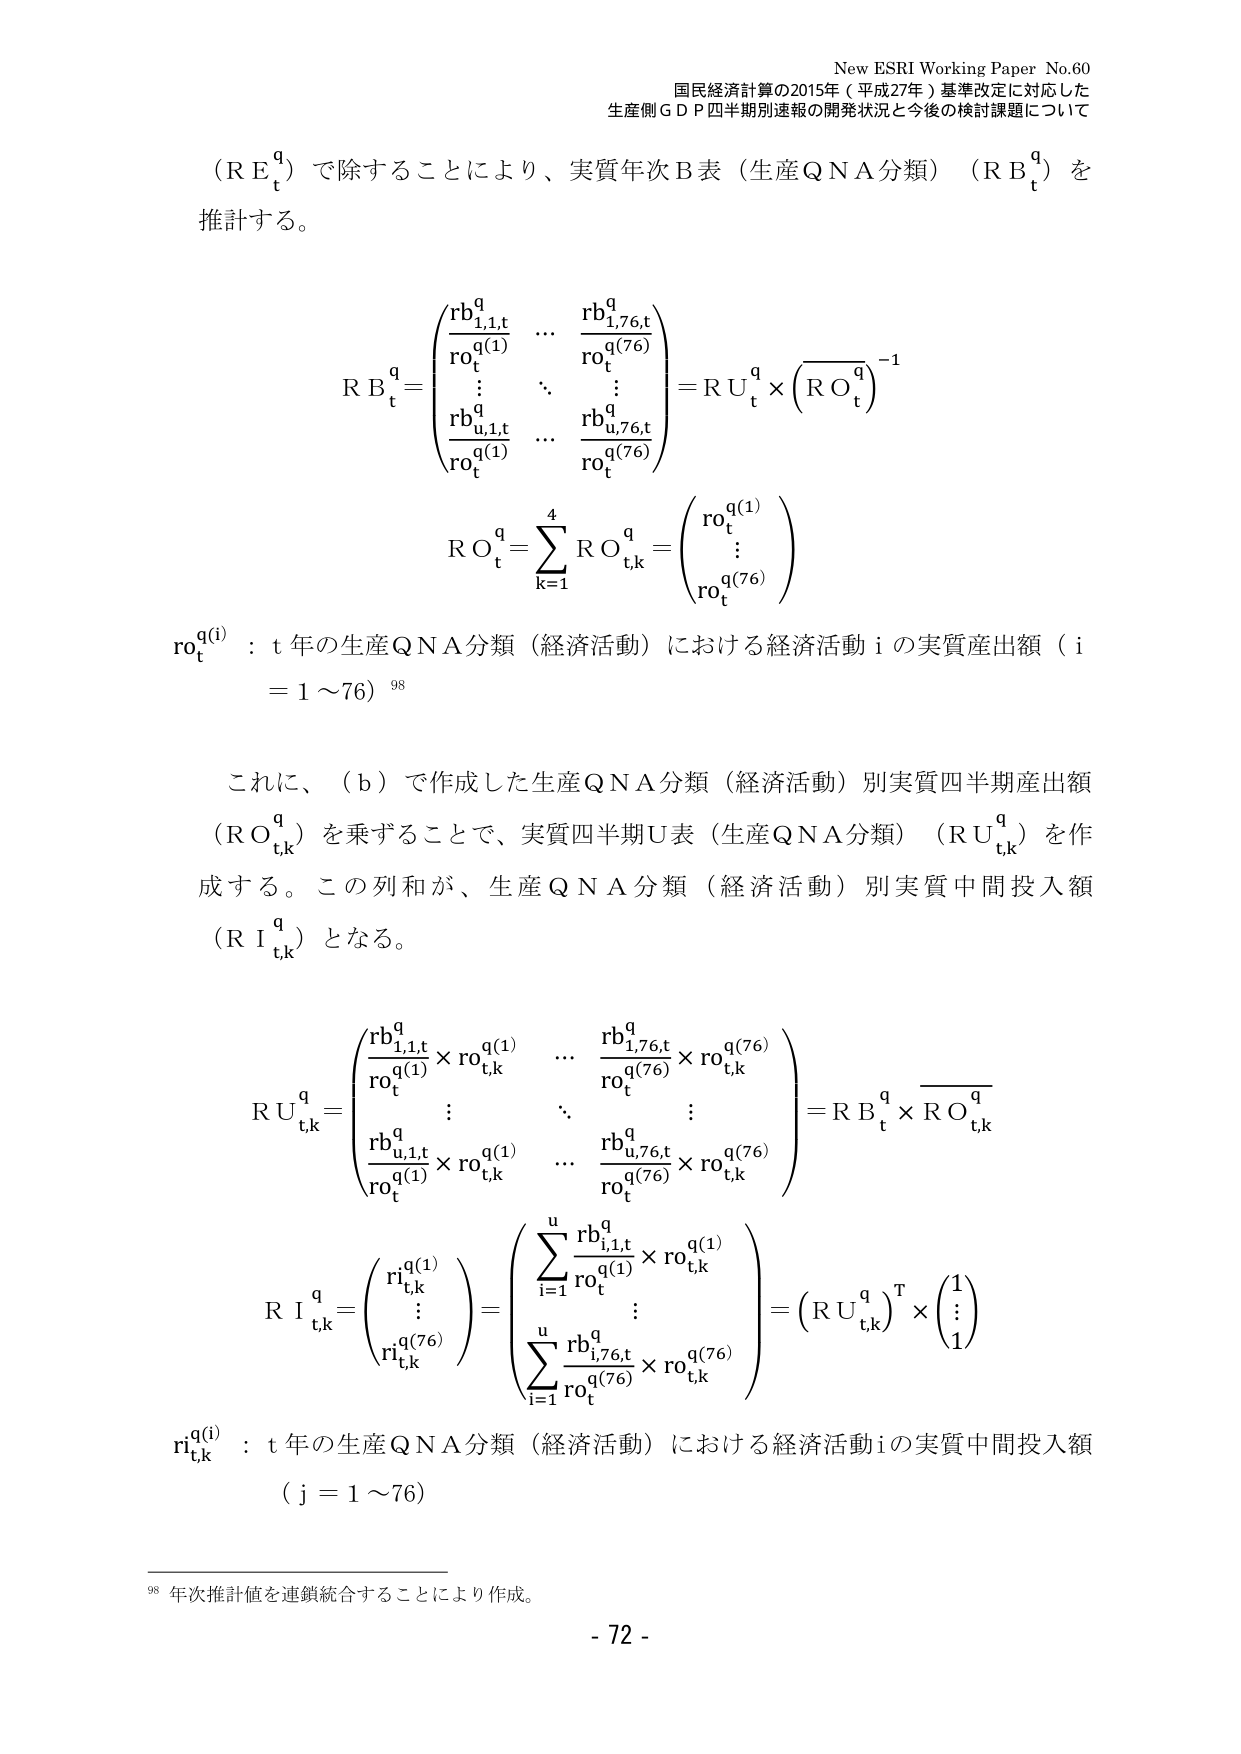
New ESRI Working Paper No.60
国民経済計算の2015年（平成27年）基準改定に対応した
生産側ＧＤＰ四半期別速報の開発状況と今後の検討課題について

（ＲＥₜ^ｑ）で除することにより、実質年次Ｂ表（生産ＱＮＡ分類）（ＲＢₜ^ｑ）を
推計する。

ＲＢₜ^ｑ =
⎛⎜⎜⎜⎜⎜⎝
　　ｒｂ₁,₁,ₜ^ｑ / ｒｏₜ^ｑ(₁)　　　…　　　ｒｂ₁,₇₆,ₜ^ｑ / ｒｏₜ^ｑ(₇₆)
　　⋮　　　　　　　　⋱　　　　　　⋮
　　ｒｂᵤ,₁,ₜ^ｑ / ｒｏₜ^ｑ(₁)　　　…　　　ｒｂᵤ,₇₆,ₜ^ｑ / ｒｏₜ^ｑ(₇₆)
⎞⎟⎟⎟⎟⎟⎠
= ＲＵₜ^ｑ × (ＲＯₜ^ｑ)⁻¹

ＲＯₜ^ｑ = Σₖ₌₁⁴ ＲＯₜ,ₖ^ｑ =
⎛⎜⎜⎜⎝
　　ｒｏₜ^ｑ(₁)
　　⋮
　　ｒｏₜ^ｑ(₇₆)
⎞⎟⎟⎟⎠

ｒｏₜ^ｑ(ᵢ) ：ｔ年の生産ＱＮＡ分類（経済活動）における経済活動ｉの実質産出額（ｉ＝１～７６）⁹⁸

これに、（ｂ）で作成した生産ＱＮＡ分類（経済活動）別実質四半期産出額（ＲＯₜ,ₖ^ｑ）を乗ずることで、実質四半期Ｕ表（生産ＱＮＡ分類）（ＲＵₜ,ₖ^ｑ）を作成する。この列和が、生産ＱＮＡ分類（経済活動）別実質中間投入額（ＲＩₜ,ₖ^ｑ）となる。

ＲＵₜ,ₖ^ｑ =
⎛⎜⎜⎜⎜⎜⎝
　　(ｒｂ₁,₁,ₜ^ｑ / ｒｏₜ^ｑ(₁)) × ｒｏₜ,ₖ^ｑ(₁)　　　…　　　(ｒｂ₁,₇₆,ₜ^ｑ / ｒｏₜ^ｑ(₇₆)) × ｒｏₜ,ₖ^ｑ(₇₆)
　　⋮　　　　　　　　⋱　　　　　　⋮
　　(ｒｂᵤ,₁,ₜ^ｑ / ｒｏₜ^ｑ(₁)) × ｒｏₜ,ₖ^ｑ(₁)　　　…　　　(ｒｂᵤ,₇₆,ₜ^ｑ / ｒｏₜ^ｑ(₇₆)) × ｒｏₜ,ₖ^ｑ(₇₆)
⎞⎟⎟⎟⎟⎟⎠
= ＲＢₜ^ｑ × ＲＯ̅ₜ,ₖ^ｑ

ＲＩₜ,ₖ^ｑ =
⎛⎜⎜⎜⎝
　　ｒｉₜ,ₖ^ｑ(₁)
　　⋮
　　ｒｉₜ,ₖ^ｑ(₇₆)
⎞⎟⎟⎟⎠
=
⎛⎜⎜⎜⎜⎝
　　Σᵢ₌₁ᵘ (ｒｂᵢ,₁,ₜ^ｑ / ｒｏₜ^ｑ(₁)) × ｒｏₜ,ₖ^ｑ(₁)
　　⋮
　　Σᵢ₌₁ᵘ (ｒｂᵢ,₇₆,ₜ^ｑ / ｒｏₜ^ｑ(₇₆)) × ｒｏₜ,ₖ^ｑ(₇₆)
⎞⎟⎟⎟⎟⎠
= (ＲＵₜ,ₖ^ｑ)ᵀ ×
⎛⎜⎜⎜⎝
　　１
　　⋮
　　１
⎞⎟⎟⎟⎠

ｒｉₜ,ₖ^ｑ(ⱼ) ：ｔ年の生産ＱＮＡ分類（経済活動）における経済活動ｉの実質中間投入額（ｊ＝１～７６）

⁹⁸ 年次推計値を連鎖統合することにより作成。
- 72 -